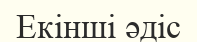
Екінші әдіс